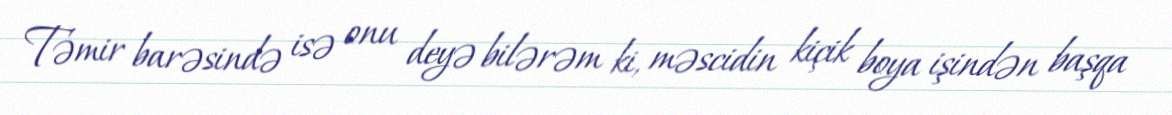
Təmir barəsində isə onu deyə bilərəm ki, məscidin kiçik boya işindən başqa